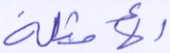
الأمثلة